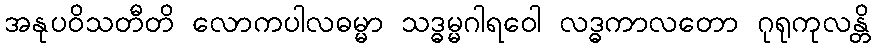
အနုပဝိသတီတိ လောကပါလဓမ္မာ သဒ္ဓမ္မဂါရဝေါ လဒ္ဓကာလတော ဂုရုကုလန္တိ